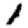
Digit: 1